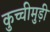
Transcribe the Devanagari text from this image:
कुच्चीमुड़ी